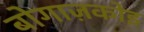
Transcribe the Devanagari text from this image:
बोगाज़कोइ